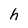
Character: h